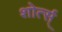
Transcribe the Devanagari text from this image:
शोर्त्स्